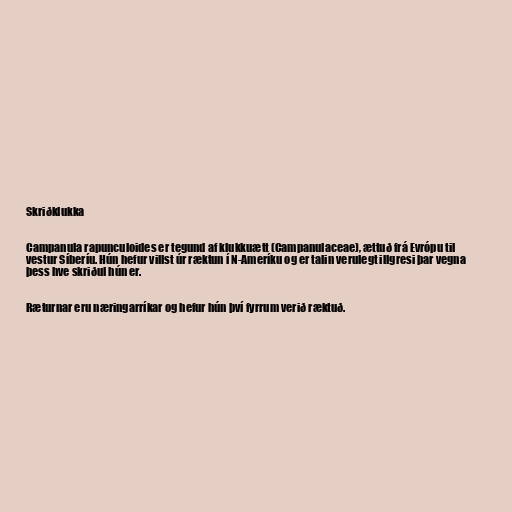
Skriðklukka

Campanula rapunculoides er tegund af klukkuætt (Campanulaceae), ættuð frá Evrópu til
vestur Síberíu. Hún hefur villst úr ræktun í N-Ameríku og er talin verulegt illgresi þar vegna
þess hve skriðul hún er.

Ræturnar eru næringarríkar og hefur hún því fyrrum verið ræktuð.